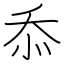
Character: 忝